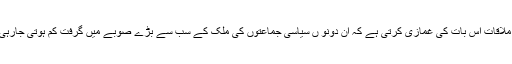
پنجاب میں وزیراعلیٰ عثمان بزدار سے مسلم لیگ نون اور پیپلزپارٹی کے ارکان کی ملاقات اس بات کی غمازی کرتی ہے کہ ان دونو ں سیاسی جماعتوں کی ملک کے سب سے بڑے صوبے میں گرفت کم ہوتی جارہی ہے تاہم بزدار سے ہونےوالی ملاقات کاکریڈٹ وزیراعظم عمران خان کو جاتا ہے ۔